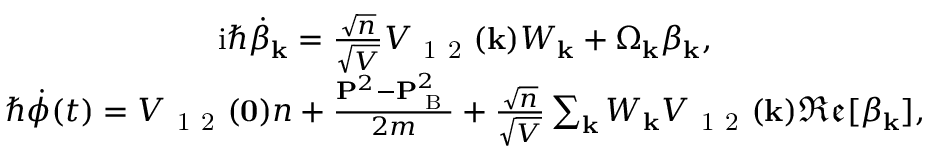
\begin{array} { r } { \begin{array} { c } { \mathrm { i } \hbar \dot { \beta } _ { \mathbf { k } } = \frac { \sqrt { n } } { \sqrt { V } } V _ { \mathrm { ~ 1 ~ 2 ~ } } ( \mathbf { k } ) W _ { \mathbf { k } } + \Omega _ { \mathbf { k } } \beta _ { \mathbf { k } } , } \\ { \hbar \dot { \phi } ( t ) = V _ { \mathrm { ~ 1 ~ 2 ~ } } ( \mathbf { 0 } ) n + \frac { \mathbf { P } ^ { 2 } - \mathbf { P } _ { \textrm { B } } ^ { 2 } } { 2 m } + \frac { \sqrt { n } } { \sqrt { V } } \sum _ { \mathbf { k } } W _ { \mathbf { k } } V _ { \mathrm { ~ 1 ~ 2 ~ } } ( \mathbf { k } ) \mathfrak { R e } [ \beta _ { \mathbf { k } } ] , } \end{array} } \end{array}